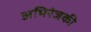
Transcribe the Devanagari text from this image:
अभिरंजकी